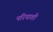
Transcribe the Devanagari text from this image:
परिघाशी